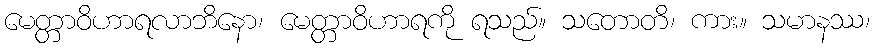
မေတ္တာဝိဟာရလာဘိနော၊ မေတ္တာဝိဟာရကို ရသည်။ သတောတိ၊ ကား။ သမာနဿ၊